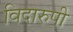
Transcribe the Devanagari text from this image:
विदारुपी